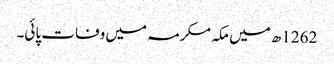
1262ھ میں مکہ مکرمہ میں وفات پائی۔